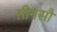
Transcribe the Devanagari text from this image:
तीनसौ